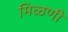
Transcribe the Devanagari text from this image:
मिळणी